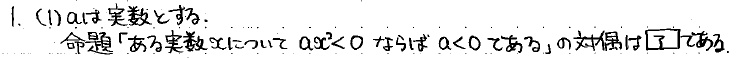
1. (1) \(a\)を実数とする.
命題「ある実数\(x\)について\(ax < 0\)ならば\(a < 0\)である」の対偶は\(\square\)である.